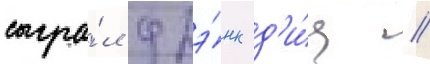
сыгра́л фрэ́нк д'и́ц /